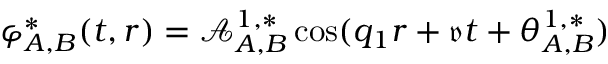
{ \varphi } _ { A , B } ^ { * } ( t , r ) = \mathcal { A } _ { A , B } ^ { 1 , * } \cos ( q _ { 1 } r + \mathfrak { v } t + \theta _ { A , B } ^ { 1 , * } )